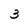
Character: 3